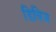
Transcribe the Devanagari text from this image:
डिविज